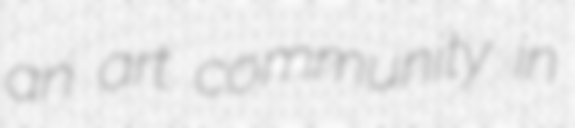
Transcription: an art community in